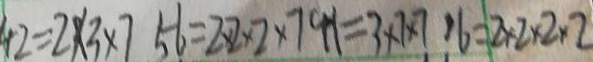
4 2 = 2 \times 3 \times 7 5 6 = 2 \times 2 \times 2 \times 7 4 1 = 3 \times 7 \times 7 1 6 = 2 \times 2 \times 2 \times 2